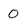
Character: 0